Vaccination North-Western Provinces 1866-1877 - 1866-1877
Year: 1866
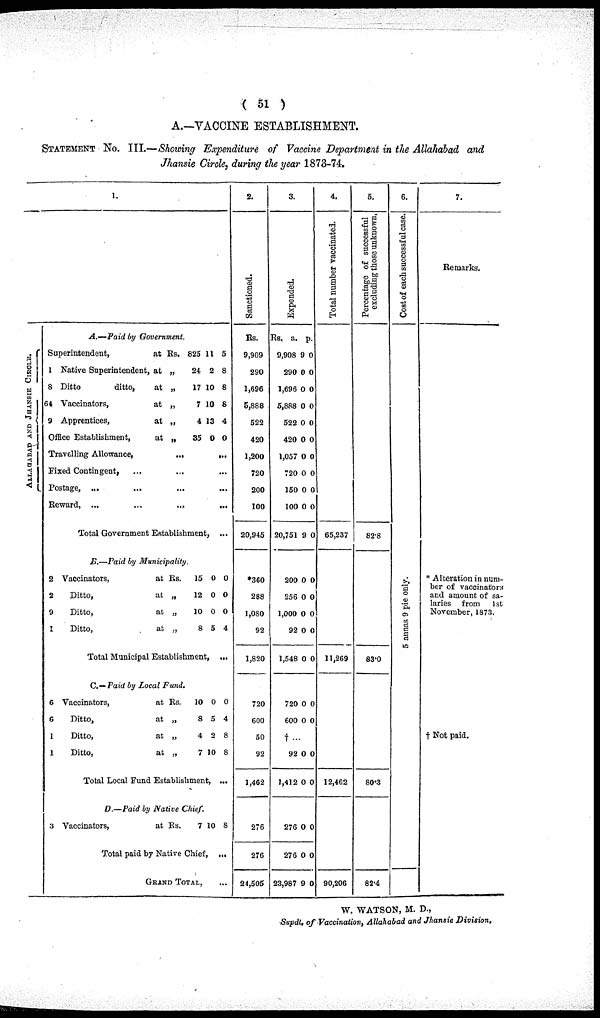
( 51 )
A.—VACCINE ESTABLISHMENT.
STATEMENT No. III.—Showing Expenditure of Vaccine Department in the Allahabad and
Jhansie Circle, during the year 1873-74.
ALLAHABAD AND JHANSIE CIRCLE.
1.
A.—Paid by Government.
Superintendent,
at
1 Native Superintendent, at
8 Ditto
ditto,
at
64 Vaccinators,
at
9 Apprentices,
at
Office Establishment,
at
Rs.
„
„
„
„
„
825
24
17
7
4
35
11
2
10
10
13
0
5
8
8
8
4
0
Travelling Allowance,
...
...
Fixed Contingent, ... ... ...
Postage, ... ... ... ...
Reward, ...
...
...
...
Total Government Establishment, ...
B.—Paid by Municipality.
2 Vaccinators,
at
2
Ditto,
at
9
Ditto,
at
1
Ditto,
at
Rs.
„
„
„
15
12
10
8
0
0
0
5
0
0
0
4
Total Municipal Establishment, ...
C.— Paid by Local Fund.
6 Vaccinators,
at
6
Ditto,
at
1
Ditto,
at
1
Ditto,
at
Rs.
„
„
„
10
8
4
7
0
5
0
10
0
4
8
8
Total Local Fund Establishment, ...
D.—Paid by Native Chief.
3 Vaccinators,
at Rs.
7 10 8
Total paid by Native Chief, ...
Grand Total, ...
2.
Sanctioned.
Rs.
9,909
290
1,696
5,888
522
420
1,200
720
200
100
20,945
*360
288
1,080
92
1,820
720
600
50
92
1,462
276
276
24,505
3.
Expended.
Rs.
9,908
290
1,696
5,888
522
420
1,057
720
150
100
20,751
200
256
1,000
92
1,548
720
600
†
92
1,412
276
276
23,987
a.
9
0
0
0
0
0
0
0
0
0
9
0
0
0
0
0
0
0
...
0
0
0
0
9
p.
0
0
0
0
0
0
0
0
0
0
0
0
0
0
0
0
0
0
0
0
0
0
0
4.
Total number vaccinated.
65,237
11,269
12,462
90,206
5.
Percentage of successful
excluding those unknown.
82.8
83.0
80.3
82.4
6.
Cost of each successful case.
5 annas 9 pie only.
7.
Remarks.
* Alteration in num-
ber of vaccinators
and amount of sa-
laries from
1st
November, 1873.
† Not paid.
W. WATSON, M. D.,
Supdt. of Vaccination, Allahabad and Jhansie Division,